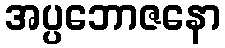
အပ္ပဘောဇနော